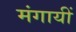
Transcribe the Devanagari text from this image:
मंगायीं